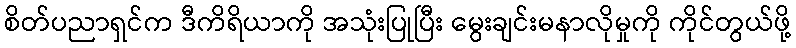
စိတ်ပညာရှင်က ဒီကိရိယာကို အသုံးပြုပြီး မွေးချင်းမနာလိုမှုကို ကိုင်တွယ်ဖို့